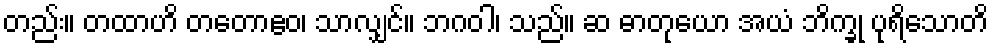
တည်း။ တထာဟိ တတောဧဝ၊ သာလျှင်။ ဘဂဝါ၊ သည်။ ဆ ဓာတုယော အယံ ဘိက္ခု ပုရိသောတိ